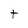
Character: t